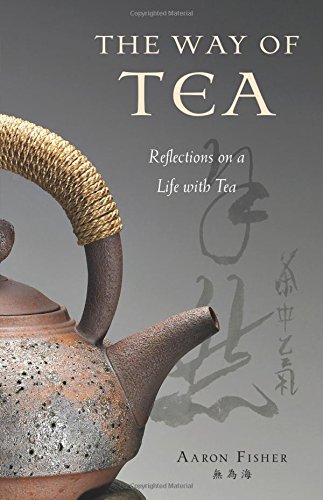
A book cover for The Way of Tea: Reflections on a Life with Tea; Aaron Fisher; Cookbooks, Food & Wine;